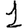
Digit: 1